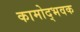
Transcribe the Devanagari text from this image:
कामोद्भवक